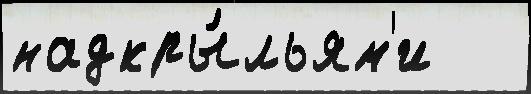
надкры́льям'и